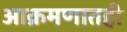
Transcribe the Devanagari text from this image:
आक्रमणातही